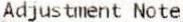
ADJUSTMENT NOTE